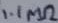
Text: 1.1MΩ